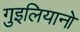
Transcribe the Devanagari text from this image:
गुइलियानो